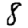
Digit: 8